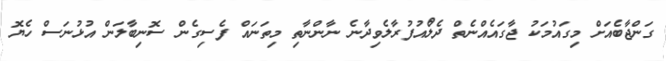
ގަންޖާބެއަށް މިގައުމަކު ޖާގައެއްނެތް ދެލޯުއުފުރާލެވިދާނެ ނާންނާތި މިތަނައް ފެސިގެން ސޮނިބާލަން އުޅުނަސް ހެޔޮ